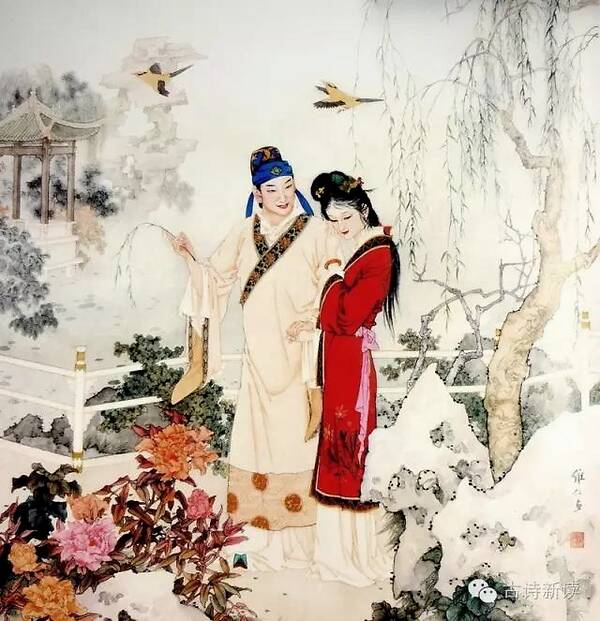
无端嫁得金龟婿，辜负香衾事早朝。